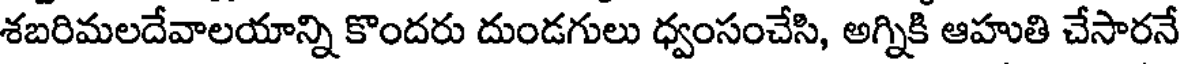
శబరిమలదేవాలయాన్ని కొందరు దుండగులు ధ్వంసంచేసి, అగ్నికి ఆహుతి చేసారనే